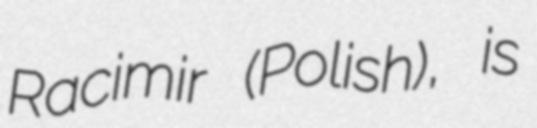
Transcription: Racimir (Polish), is